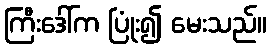
ကြီးဒေါ်က ပြုံး၍ မေးသည်။